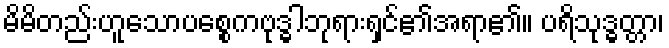
မိမိတည်းဟူသောပစ္စေကဗုဒ္ဓါဘုရားရှင်၏အရာ၏။ ပရိသုဒ္ဓတ္တာ၊